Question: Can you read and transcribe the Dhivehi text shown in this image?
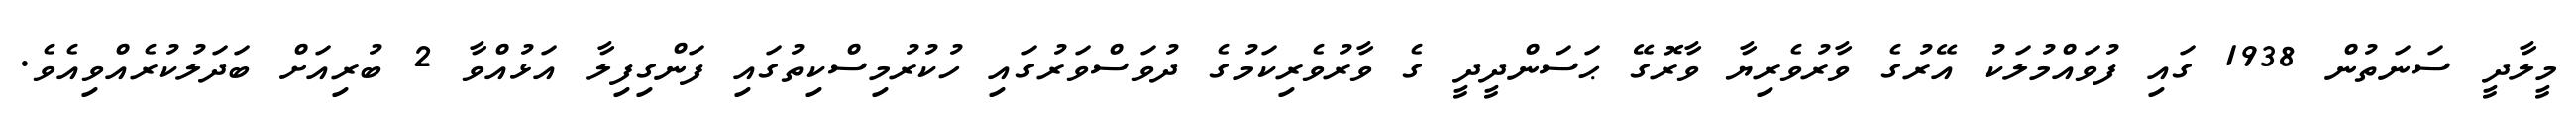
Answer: މީލާދީ ސަނަތުން 1938 ގައި ފުވައްމުލަކު އޭރުގެ ވާރުވެރިޔާ ވާރޮގޭ ޙަސަންދީދީ ގެ ވާރުވެރިކަމުގެ ދުވަސްވަރުގައި ހުކުރުމިސްކިތުގައި ފަންގިފިލާ އަޅުއްވާ 2 ބުރިއަށް ބަދަލުކުރެއްވިއެވެ.